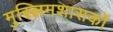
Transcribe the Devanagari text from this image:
मुस्लिमशासकों